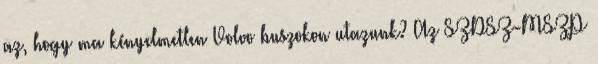
az, hogy ma kényelmetlen Volvo buszokon utazunk? Az SZDSZ-MSZP